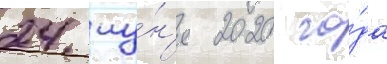
24 иу́н'я 2020 го́да